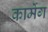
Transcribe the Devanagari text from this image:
कार्मेग